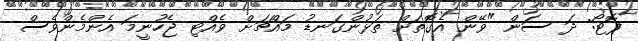
ފޮޓޯ: ދަ ސަން "ވޭން އެގޮތަށް ތަޅުންގަނޑު މައްޗަށް ވެއްޓި ޖެހުނީމަ އެންމެންވެސް